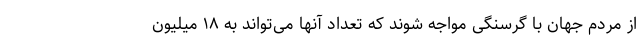
از مردم جهان با گرسنگی مواجه شوند که تعداد آنها می‌تواند به ۱۸ میلیون